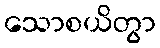
သောစယိတွာ